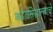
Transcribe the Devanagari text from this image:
अद्वैतसिद्धान्ताचे